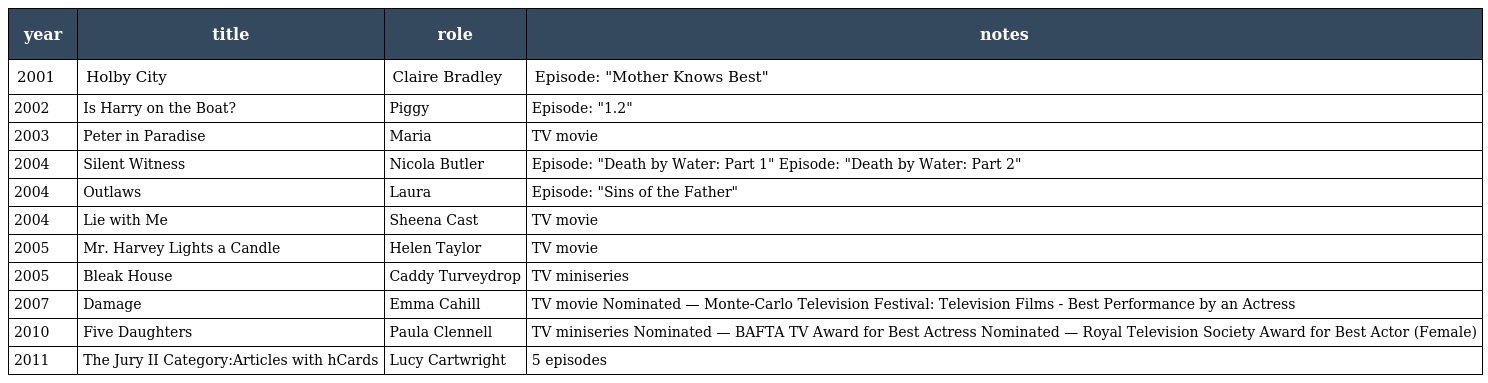
| year | title | role | notes |
 | --- | --- | --- | --- |
 | 2001 | Holby City | Claire Bradley | Episode: "Mother Knows Best" |
 | 2002 | Is Harry on the Boat? | Piggy | Episode: "1.2" |
 | 2003 | Peter in Paradise | Maria | TV movie |
 | 2004 | Silent Witness | Nicola Butler | Episode: "Death by Water: Part 1" Episode: "Death by Water: Part 2" |
 | 2004 | Outlaws | Laura | Episode: "Sins of the Father" |
 | 2004 | Lie with Me | Sheena Cast | TV movie |
 | 2005 | Mr. Harvey Lights a Candle | Helen Taylor | TV movie |
 | 2005 | Bleak House | Caddy Turveydrop | TV miniseries |
 | 2007 | Damage | Emma Cahill | TV movie Nominated — Monte-Carlo Television Festival: Television Films - Best Performance by an Actress |
 | 2010 | Five Daughters | Paula Clennell | TV miniseries Nominated — BAFTA TV Award for Best Actress Nominated — Royal Television Society Award for Best Actor (Female) |
 | 2011 | The Jury II Category:Articles with hCards | Lucy Cartwright | 5 episodes |